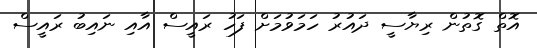
އޮތް ގޮތުން ރިޔާސީ ދައުރު ހަމަވުމަށް ފަހު ރައީސް އާއި ނައިބު ރައީސް